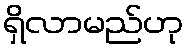
ရှိလာမည်ဟု